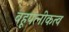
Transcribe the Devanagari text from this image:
बहूपत्नीकत्व